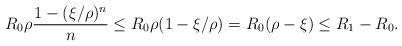
LaTeX: \begin{align*}R_0\rho\frac{1-(\xi/\rho)^n}{n}\le R_0\rho (1-\xi/\rho)=R_0(\rho-\xi)\le R_1-R_0. \end{align*}